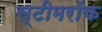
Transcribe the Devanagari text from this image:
स्टीमरॉक